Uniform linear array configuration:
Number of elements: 4
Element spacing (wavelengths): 0.25
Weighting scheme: kaiser
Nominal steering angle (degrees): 45
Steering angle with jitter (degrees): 45.683
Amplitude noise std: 0.05
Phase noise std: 0.05

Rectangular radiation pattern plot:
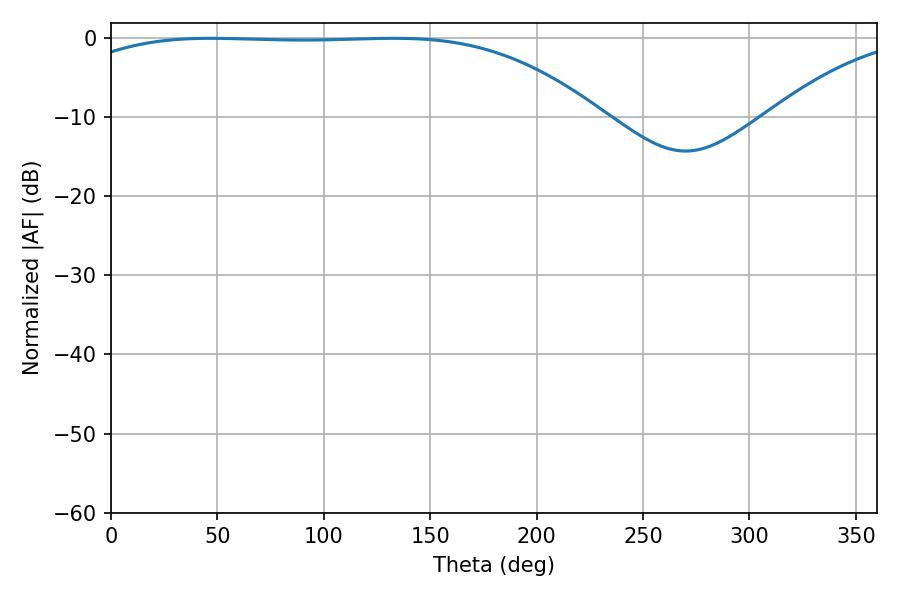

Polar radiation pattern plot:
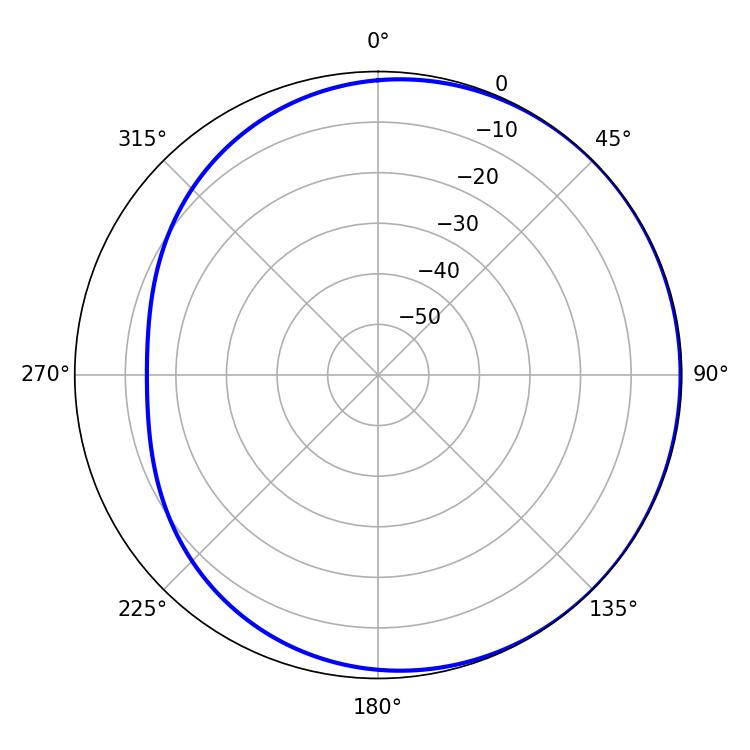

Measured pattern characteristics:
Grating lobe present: FALSE
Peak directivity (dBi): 0.8355
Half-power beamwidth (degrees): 192.6
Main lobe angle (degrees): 47.16